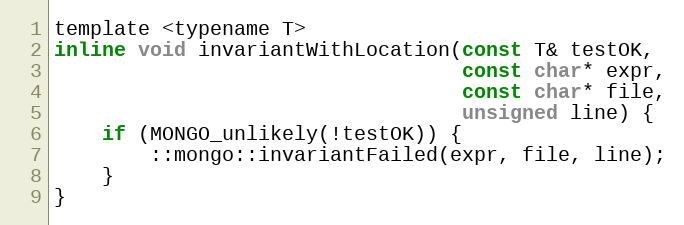
Language: C
template <typename T>
inline void invariantWithLocation(const T& testOK,
                                  const char* expr,
                                  const char* file,
                                  unsigned line) {
    if (MONGO_unlikely(!testOK)) {
        ::mongo::invariantFailed(expr, file, line);
    }
}